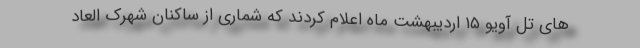
های تل آویو ۱۵ اردیبهشت ماه اعلام کردند که شماری از ساکنان شهرک العاد